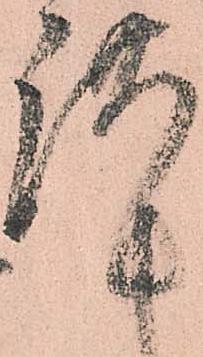
謹